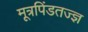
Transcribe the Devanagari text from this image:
मूत्रपिंडतज्‍ज्ञ